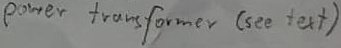
Text: power transformer (see text)